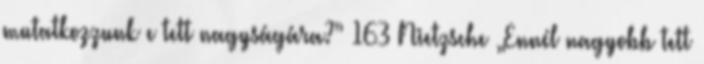
mutatkozzunk e tett nagyságára?” 163 Nietzsche „Ennél nagyobb tett